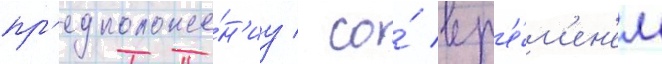
пр'едположе́н'иу / со́ вр'е́м'ен'ем